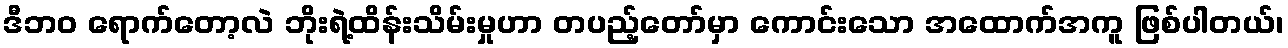
ဒီဘဝ ရောက်တော့လဲ ဘိုးရဲ့ထိန်းသိမ်းမှုဟာ တပည့်တော်မှာ ကောင်းသော အထောက်အကူ ဖြစ်ပါတယ်၊